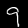
Label: 9